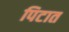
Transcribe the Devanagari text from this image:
पिटात